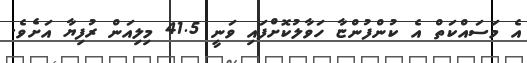
އެ މަސައްކަތް އެ ކުންފުންޏާ ހަވާލުކޮށްފައި ވަނީ 41.5 މިލިއަން ރުފިޔާ އަށެވެ.